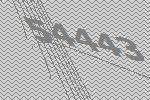
54443